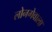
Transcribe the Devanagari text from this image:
लोनगेवाला